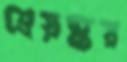
শ্রেয়স্কর